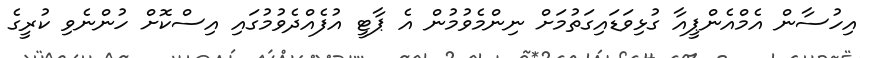
އިހުސާން އެމްއެންޕީއާ ގުޅިވަޑައިގަތުމަށް ނިންމެވުމުން އެ ޕާޓީ އުފެއްދެވުމުގައި އިސްކޮށް ހުންނެވި ކުރީގެ